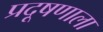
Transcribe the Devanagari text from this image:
प्रदूषणाला